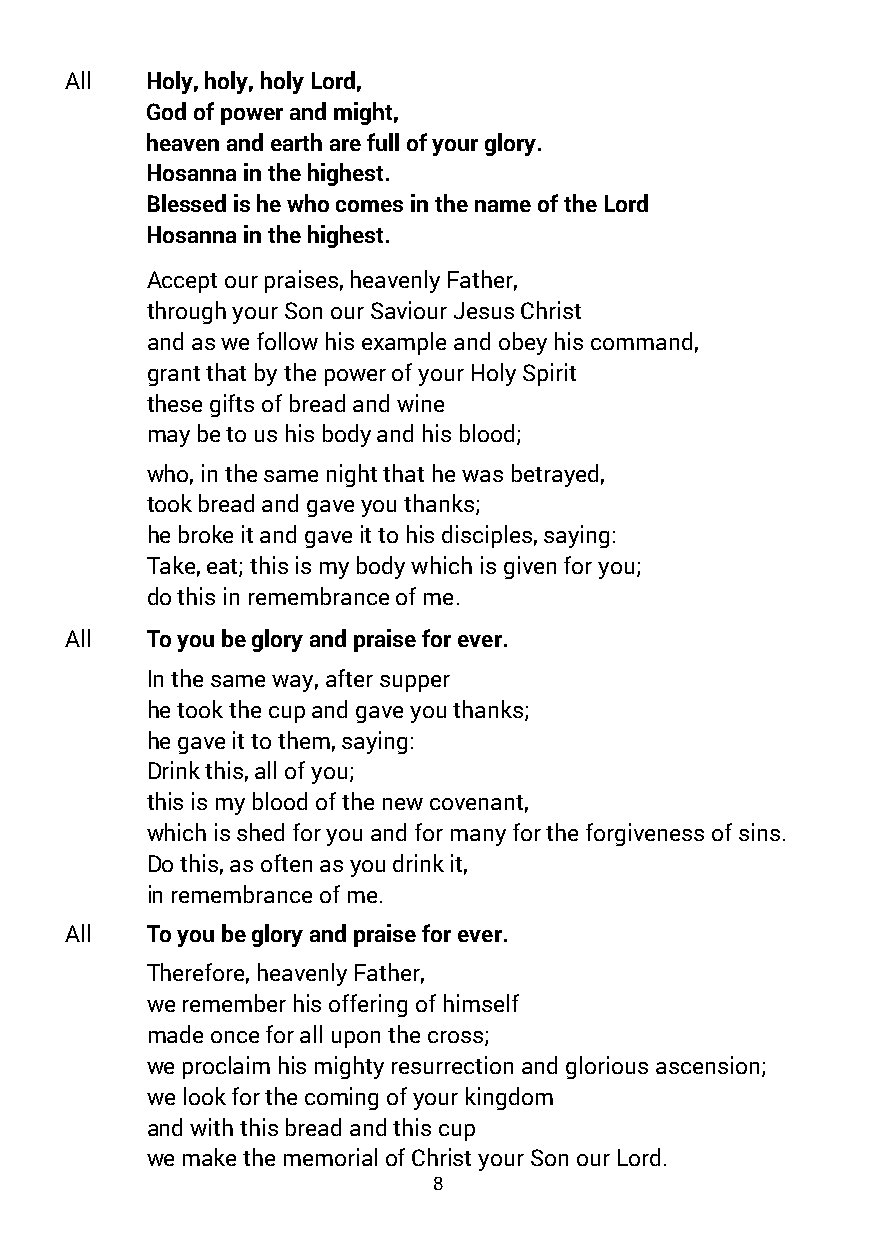
All   Holy, holy, holy Lord,
 God of power and might,
 heaven and earth are full of your glory.
 Hosanna in the highest.
 Blessed is he who comes in the name of the Lord
 Hosanna in the highest.
 Accept our praises, heavenly Father,
 through your Son our Saviour Jesus Christ
 and as we follow his example and obey his command,
 grant that by the power of your Holy Spirit
 these gifts of bread and wine
 may be to us his body and his blood;
 who, in the same night that he was betrayed,
 took bread and gave you thanks;
 he broke it and gave it to his disciples, saying:
 Take, eat; this is my body which is given for you;
 do this in remembrance of me.
 All   To you be glory and praise for ever.
 In the same way, after supper
 he took the cup and gave you thanks;
 he gave it to them, saying:
 Drink this, all of you;
 this is my blood of the new covenant,
 which is shed for you and for many for the forgiveness of sins.
 Do this, as often as you drink it,
 in remembrance of me.
 All   To you be glory and praise for ever.
 Therefore, heavenly Father,
 we remember his offering of himself
 made once for all upon the cross;
 we proclaim his mighty resurrection and glorious ascension;
 we look for the coming of your kingdom
 and with this bread and this cup
 we make the memorial of Christ your Son our Lord.
 8